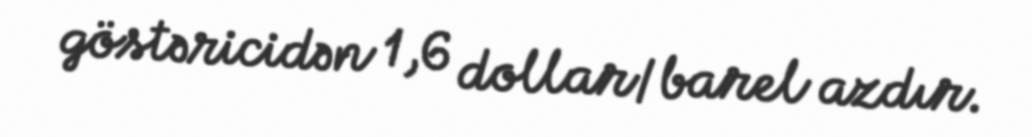
göstəricidən 1,6 dollar/barel azdır.